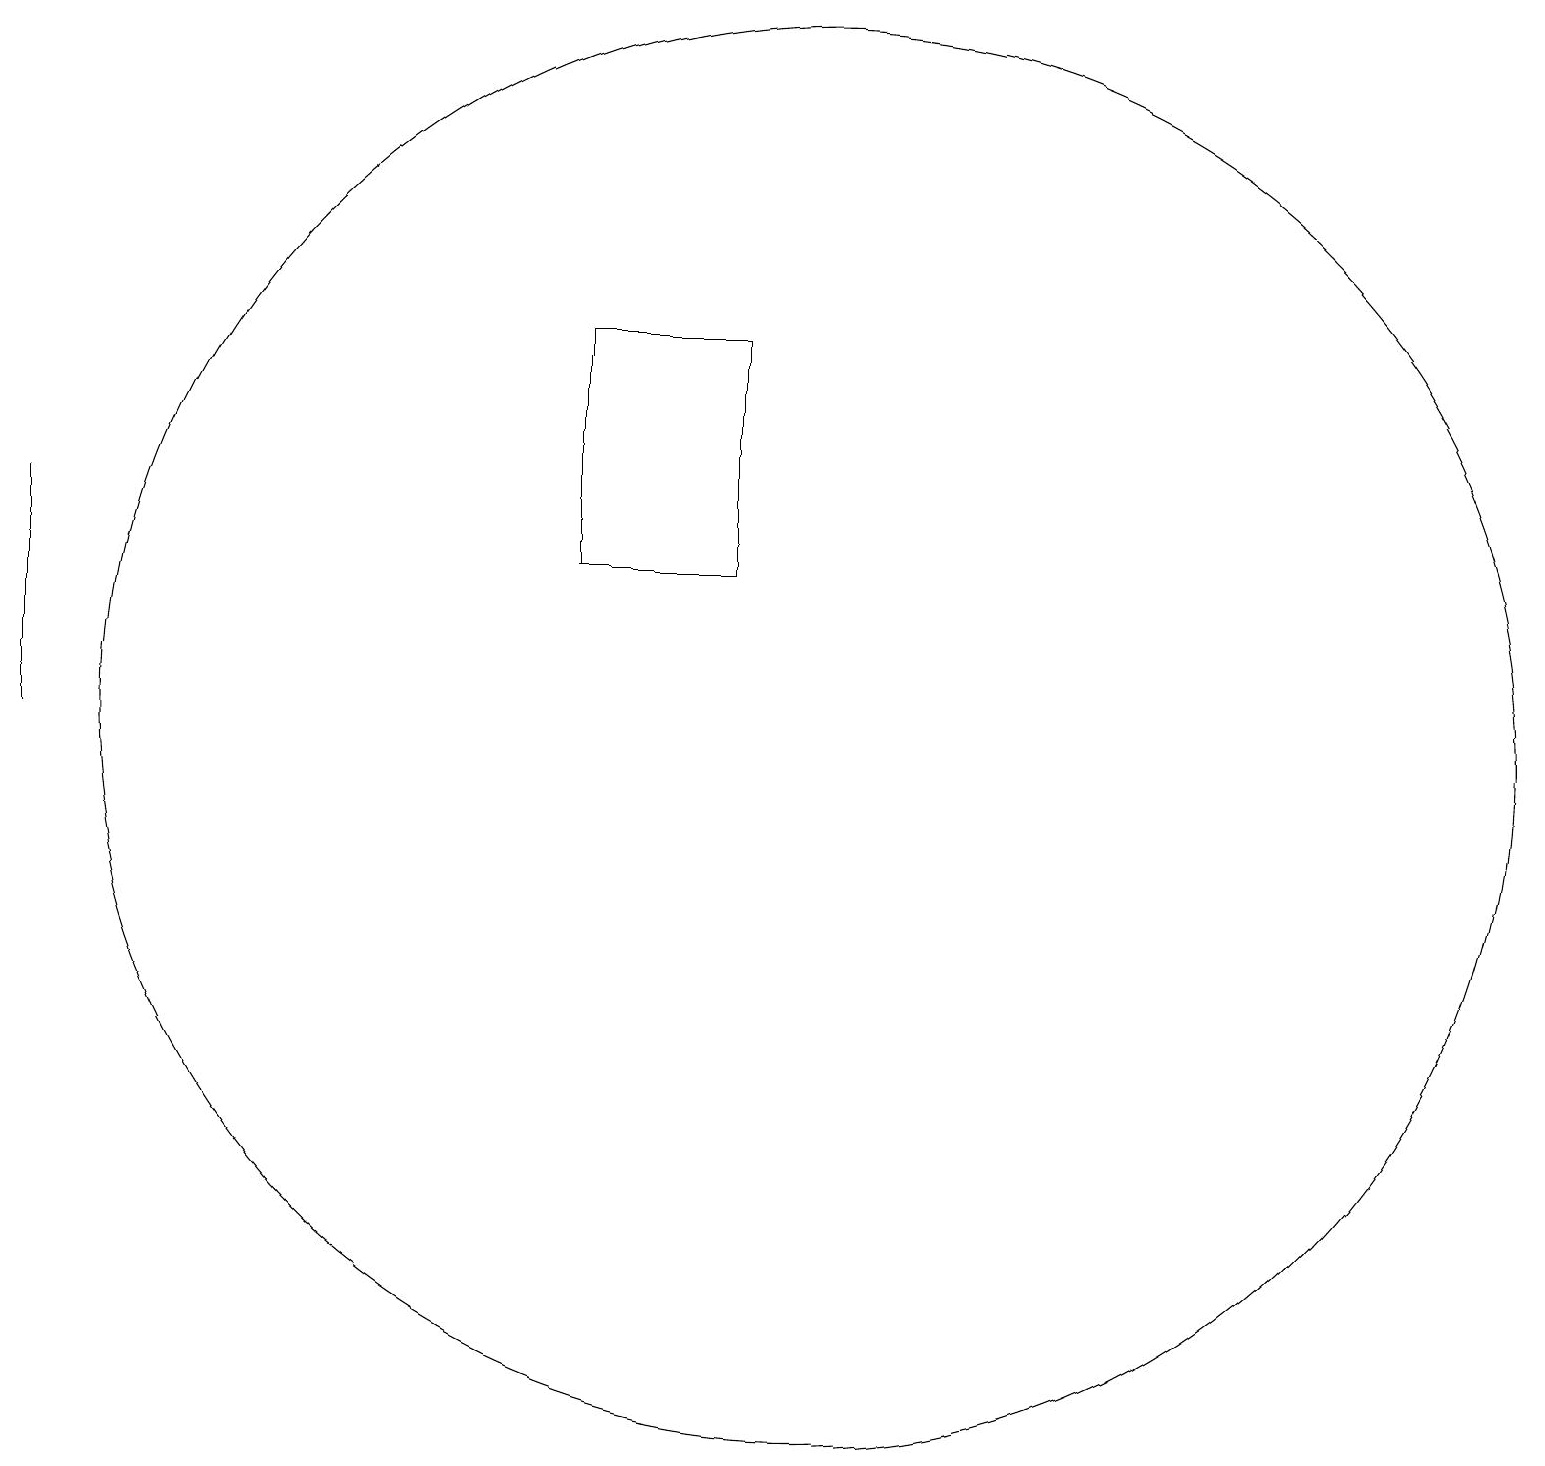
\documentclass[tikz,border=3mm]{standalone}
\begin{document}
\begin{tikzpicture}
\draw (10,12) circle (9);
\draw (7,14) rectangle (9,17);
\draw (0,12) rectangle (0,15);
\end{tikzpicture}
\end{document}